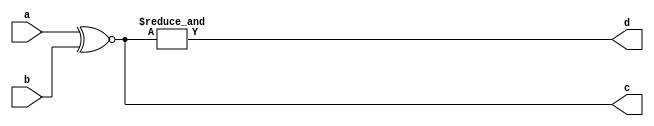
module xnor_sim(a,b,c,d);
input [3:0] a,b;
output [3:0]c;
output d;

assign c=a~^b;
assign d=&(a~^b);

endmodule